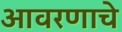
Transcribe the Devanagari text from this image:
आवरणाचे